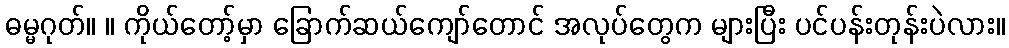
ဓမ္မဂုတ်။ ။ ကိုယ်တော့်မှာ ခြောက်ဆယ်ကျော်တောင် အလုပ်တွေက များပြီး ပင်ပန်းတုန်းပဲလား။